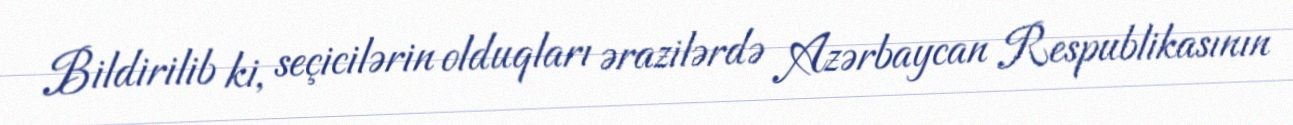
Bildirilib ki, seçicilərin olduqları ərazilərdə Azərbaycan Respublikasının